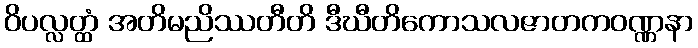
ဝိပလ္လတ္ထံ အတိမညိဿတီတိ ဒီဃီတိကောသလဇာတကဝဏ္ဏနာ